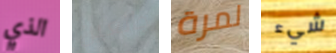
الذي جائعين لمرة شيء